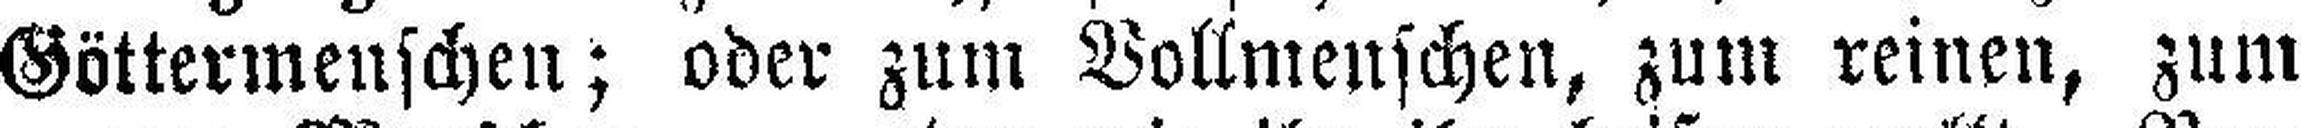
Göttermenschen; oder zum Vollmenschen, zum reinen, zum